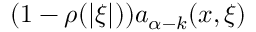
( 1 - \rho ( | \xi | ) ) a _ { \alpha - k } ( x , \xi )